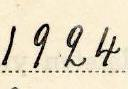
1924